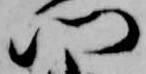
門